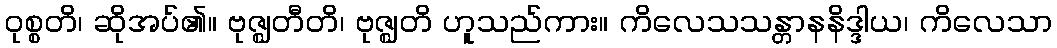
ဝုစ္စတိ၊ ဆိုအပ်၏။ ဗုဇ္ဈတီတိ၊ ဗုဇ္ဈတိ ဟူသည်ကား။ ကိလေသသန္တာနနိဒ္ဒါယ၊ ကိလေသာ